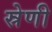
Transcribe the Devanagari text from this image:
स्रेणी